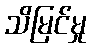
သိမြင်မှု